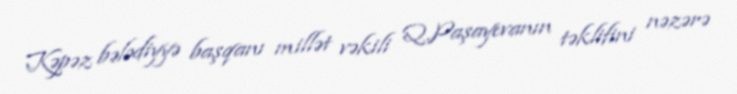
Kəpəz bələdiyyə başqanı millət vəkili Q.Paşayevanın təklifini nəzərə